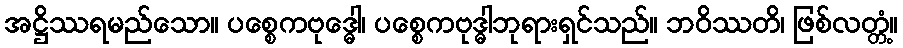
အဋ္ဌိဿရမည်သော။ ပစ္စေကဗုဒ္ဓေါ၊ ပစ္စေကဗုဒ္ဓါဘုရားရှင်သည်။ ဘဝိဿတိ၊ ဖြစ်လတ္တံ့။